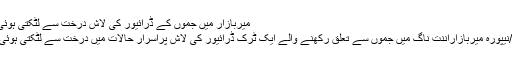
میربازار میں جموں کے ڈرائیور کی لاش درخت سے لٹکتی ہوئی پائی گئی
اننت ناگ//نیپورہ میربازاراننت ناگ میں جموں سے تعلق رکھنے والے ایک ٹرک ڈرائیور کی لاش پراسرار حالات میں درخت سے لٹکتی ہوئی پائی گئی۔